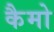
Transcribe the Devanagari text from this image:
कैमो